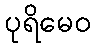
ပုရိမေဝ